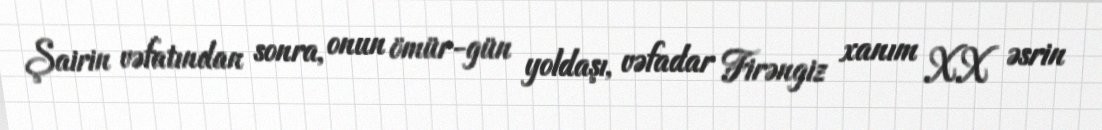
Şairin vəfatından sonra, onun ömür-gün yoldaşı, vəfadar Firəngiz xanım XX əsrin